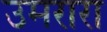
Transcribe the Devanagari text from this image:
उमरारा